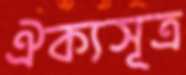
ঐক্যসূত্র